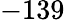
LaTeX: -139